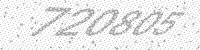
Solution: 720805